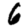
Digit: 6